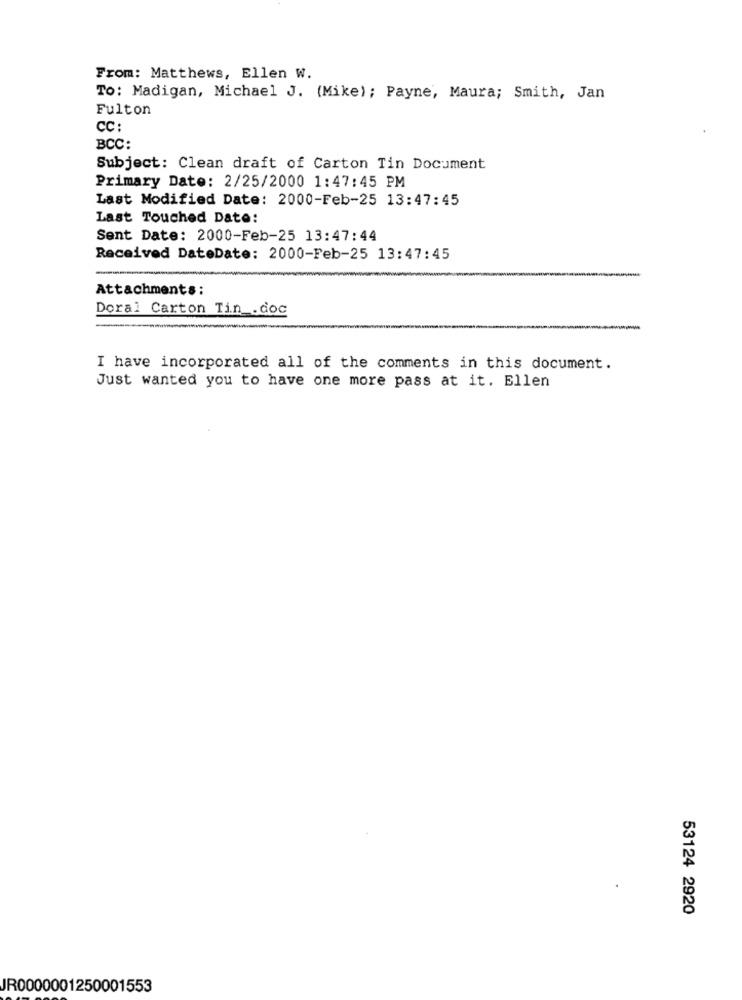
From: Matthews, Ellen W.
To: Madigan, Michael J. (Mike); Payne, Maura; Smith, Jan
Fulton
CC:
BCC:
Subject: Clean draft of Carton Tin Document
Primary Date: 2/25/2000 1:47:45 PM
Last Modified Date: 2000-Feb-25 13:47:45
Last Touched Date:
Sent Date: 2000-Feb-25 13:47:44
Received DateDate: 2000-Feb-25 13:47:45
Attachments:
Doral Carton Tin .doc
-
I have incorporated all of the comments in this document.
Just wanted you to have one more pass at it. Ellen
53124 2920
JR0000001250001553